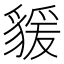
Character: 𧳭